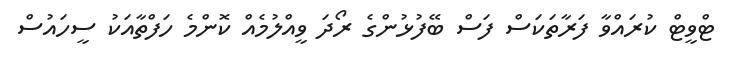
ޓްވީޓް ކުރައްވާ ފަރާތަކަސް ފަސް ބޭފުޅުންގެ ރޯދަ ވީއްލުމެއް ކޮންމެ ހަފްތާއަކު ސީހައުސް